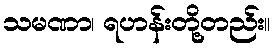
သမဏာ၊ ရဟန်းတို့တည်း။